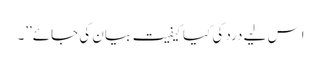
اِس لیے درد کی کیا کیفیت بیان کی جائے\’\’۔